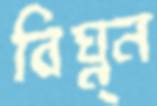
বিঘ্ন্ন